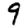
Digit: 9